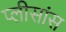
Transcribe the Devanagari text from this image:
प्लीसांस